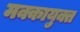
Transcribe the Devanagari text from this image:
मक्कायुक्त